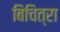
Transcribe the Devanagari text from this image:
बिचित्रा